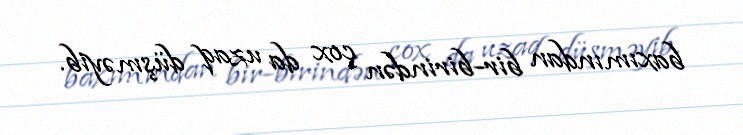
baxımından bir-birindən çox da uzaq düşməyib.